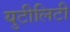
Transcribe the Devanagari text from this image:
युटीलिटी